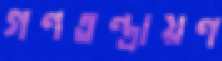
গণতন্ত্রায়ণ